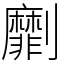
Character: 劘